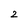
Character: 2